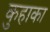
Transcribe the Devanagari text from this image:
कुहाका